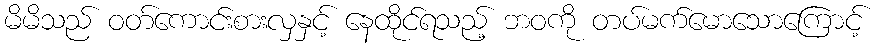
မိမိသည် ဝတ်ကောင်းစားလှနှင့် နေထိုင်ရသည့် ဘဝကို တပ်မက်မောသောကြောင့်